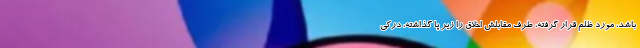
باشد، مورد ظلم قرار گرفته، طرف مقابلش اخلاق را زیر پا گذاشته، درکی